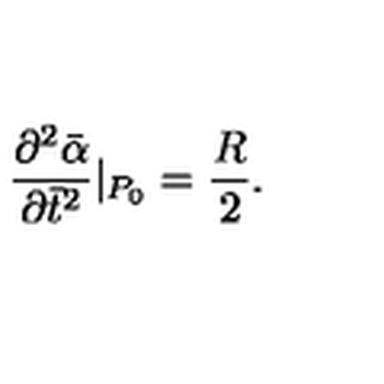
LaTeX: \frac { \partial ^ { 2 } \bar { \alpha } } { \partial \bar { t } ^ { 2 } } | _ { P _ { 0 } } = \frac { R } { 2 } .